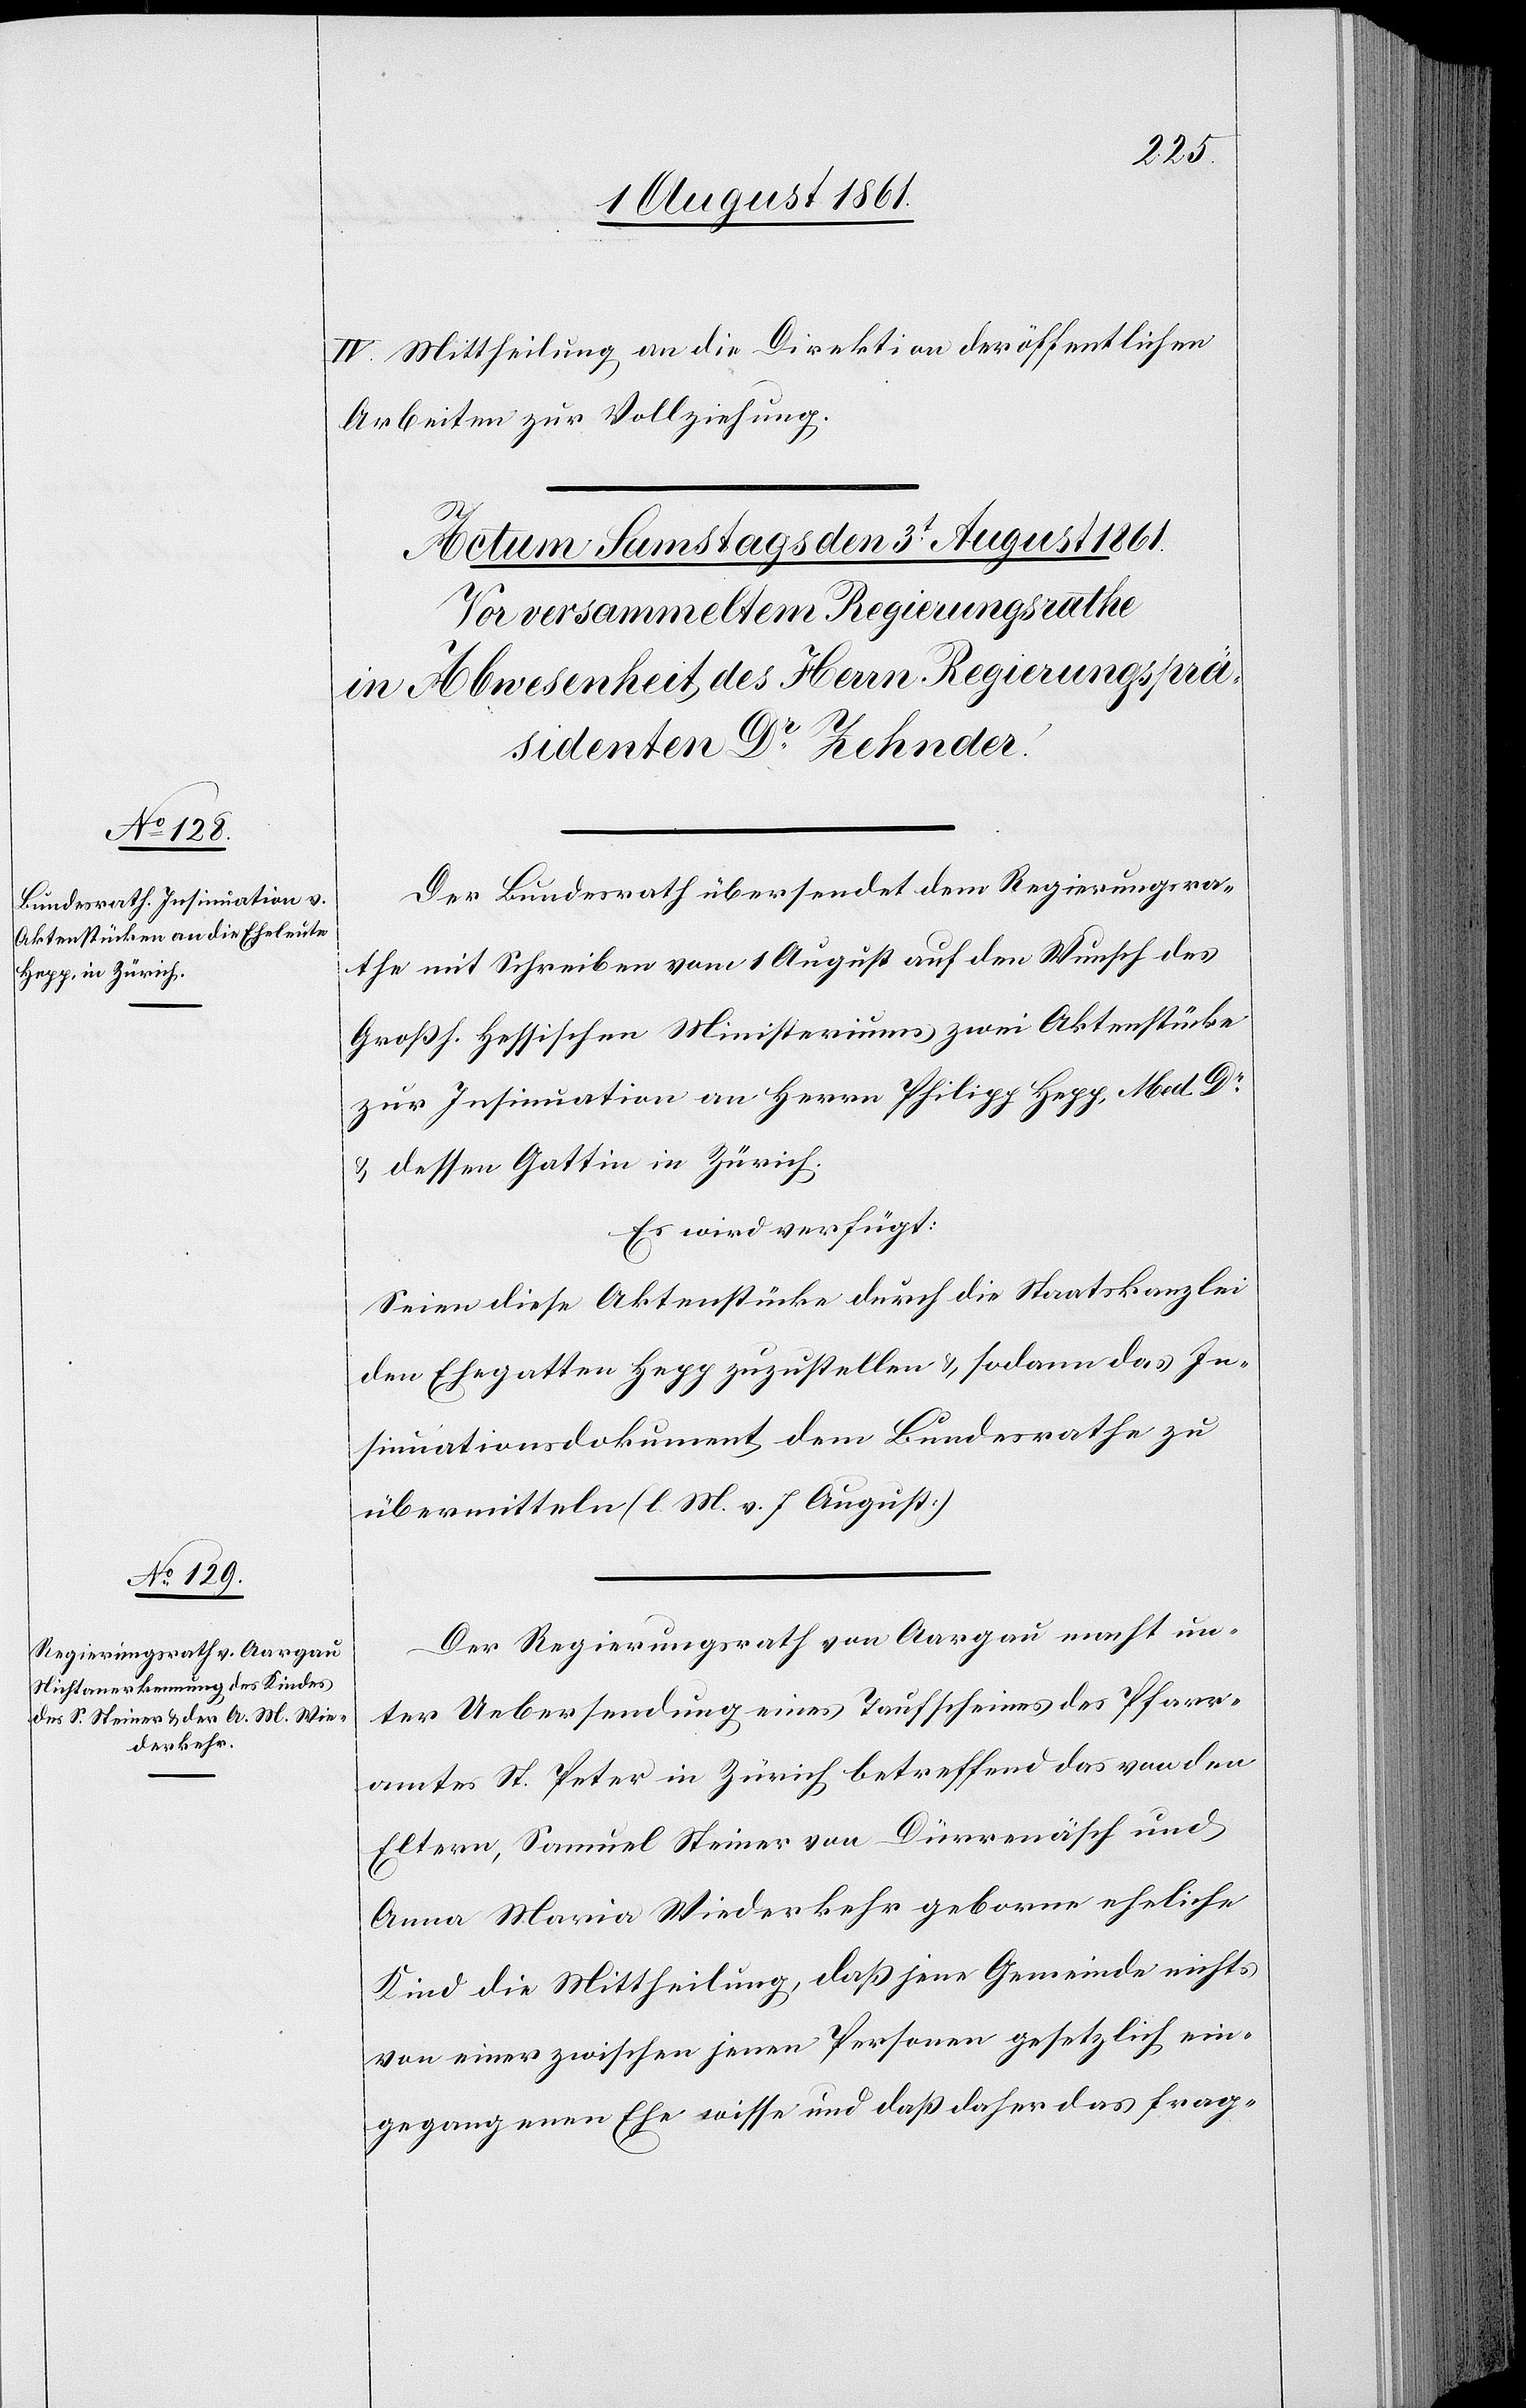
IV. Mittheilung an die Direktion der öffentlichen
Arbeiten zur Vollziehung.
Der Bundesrath übersendet dem Regierungsra¬
the mit Schreiben vom 1 August auf den Wunsch des
Großh. Hessischen Ministeriums zwei Aktenstücke
zur Insinuation an Herrn Philipp Hepp, Med Dr
u. dessen Gattin in Zürich.
Es wird verfügt:
Seien diese Aktenstücke durch die Staatskanzlei
den Ehegatten Hepp zuzustellen u. sodann das In¬
sinuationsdokument dem Bundesrathe zu
übermitteln. [l. M. v. h. T]
Der Regierungsrath von Aargau macht un¬
ter Uebersendung eines Taufscheines des Pfarr¬
amtes St Peter in Zürich betreffend das von den
Eltern, Samuel Steiner von Dürrenäsch und
Anna Maria Wiederkehr geborne eheliche
Kind die Mittheilung, daß jene Gemeinde nichts
von einer zwischen jenen Personen gesetzlich ein¬
gegangenen Ehe wisse und daß daher das frag-